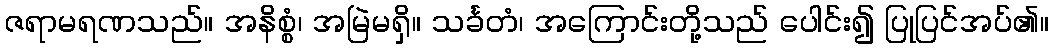
ဇရာမရဏသည်။ အနိစ္စံ၊ အမြဲမရှိ။ သင်္ခတံ၊ အကြောင်းတို့သည် ပေါင်း၍ ပြုပြင်အပ်၏။